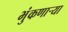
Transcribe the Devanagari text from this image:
भुंकणाऱ्या